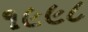
૧૯૯૮